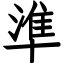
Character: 準